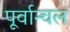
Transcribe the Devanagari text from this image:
पूर्वान्चल